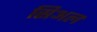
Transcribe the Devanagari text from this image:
सिअल